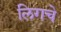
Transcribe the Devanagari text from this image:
लिगचे